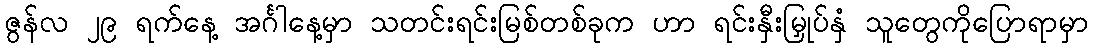
ဇွန်လ ၂၉ ရက်နေ့ အင်္ဂါနေ့မှာ သတင်းရင်းမြစ်တစ်ခုက ဟာ ရင်းနှီးမြှုပ်နှံ သူတွေကိုပြောရာမှာ